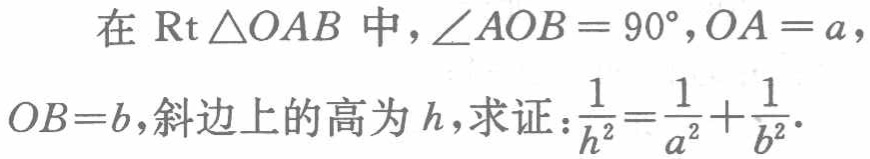
在$\text{Rt}\triangle OAB$中，$\angle AOB = 90^{\circ},OA = a$，$OB = b$，斜边上的高为$h$，求证：$\frac{1}{h^{2}}=\frac{1}{a^{2}}+\frac{1}{b^{2}}$．